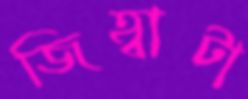
জিহ্বাটা